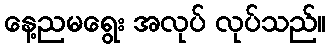
နေ့ညမရွေး အလုပ် လုပ်သည်။